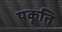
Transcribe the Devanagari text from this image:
पकृति